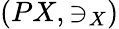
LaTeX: (PX,\ni_{X})